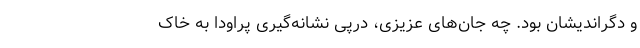
و دگراندیشان بود. چه جان‌های عزیزی، در‌پی نشانه‌گیری پراودا به خاک